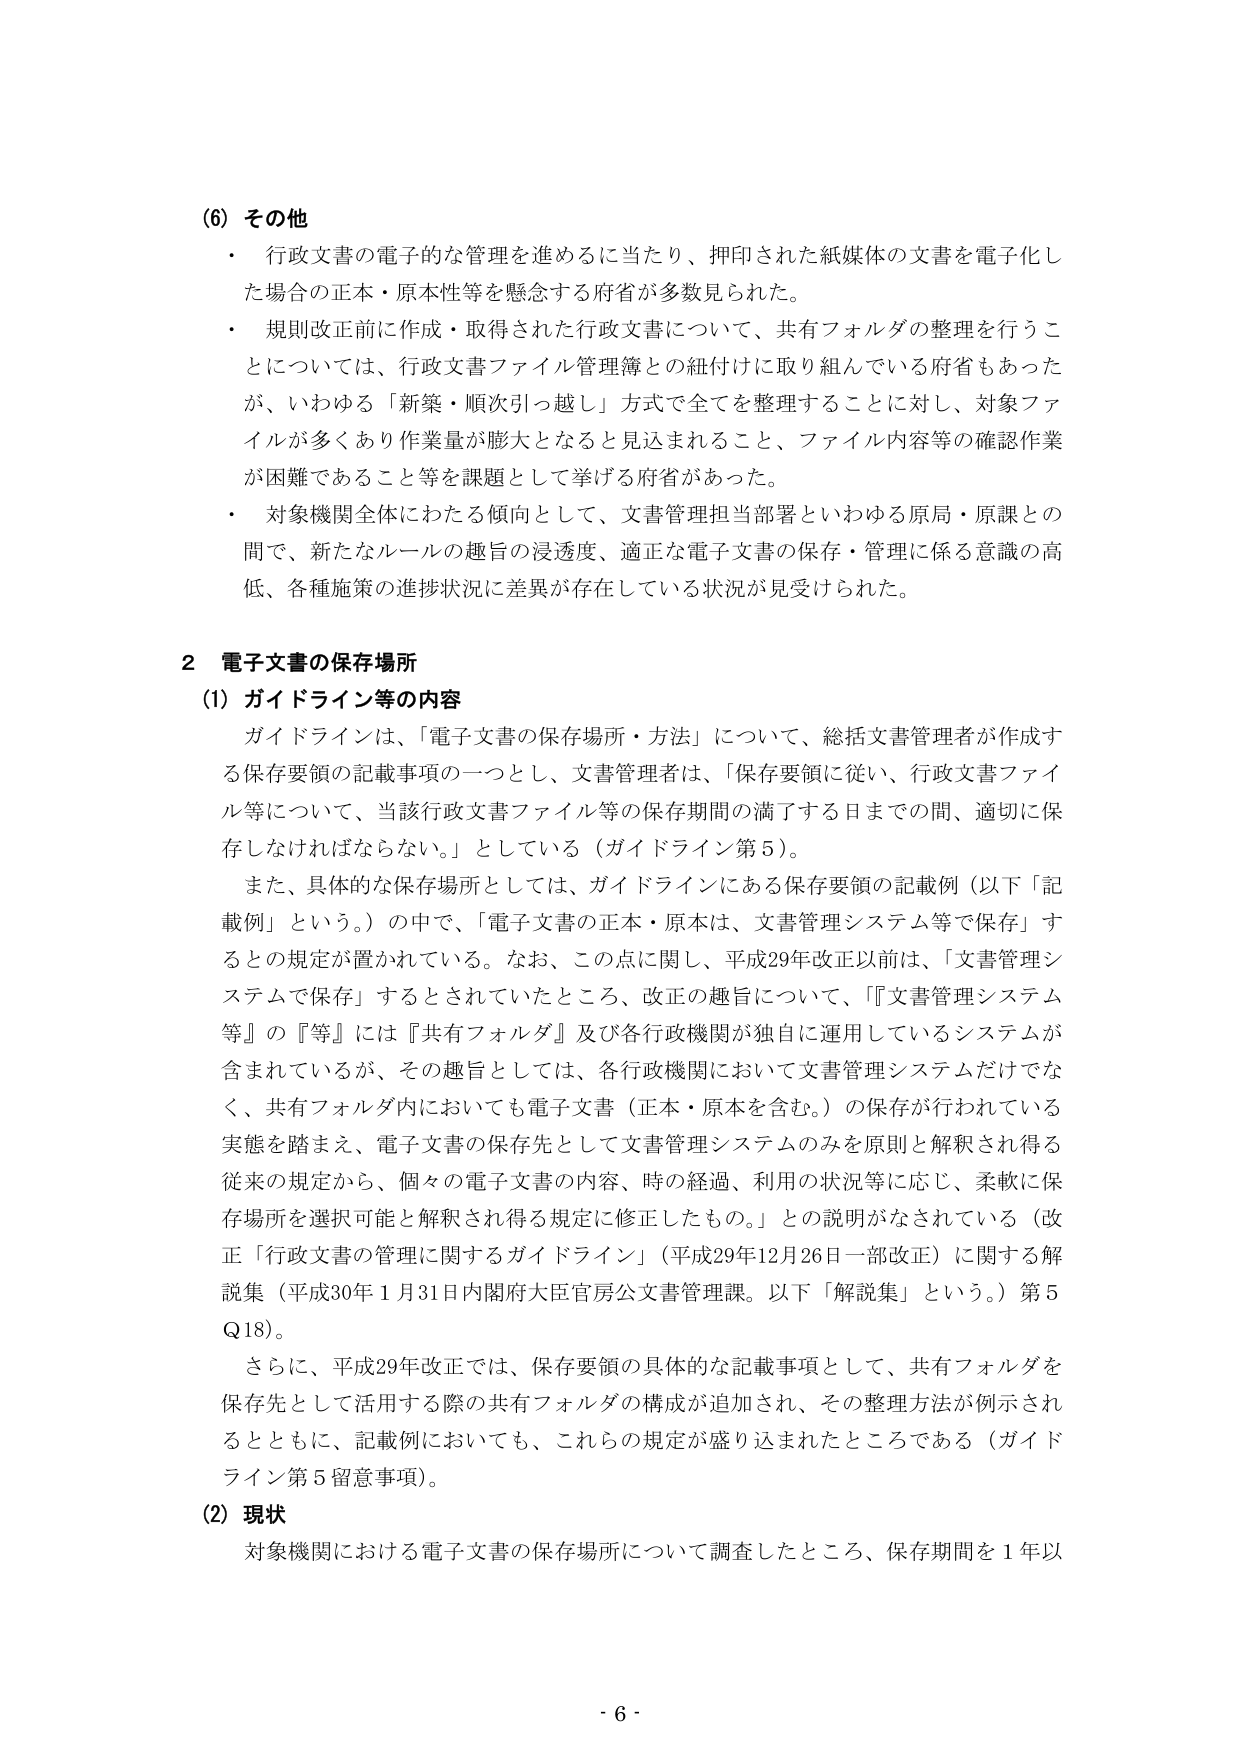
(6) その他
・ 行政文書の電子的な管理を進めるに当たり、押印された紙媒体の文書を電子化した場合の正本・原本性等を懸念する府省が多数見られた。
・ 規則改正前に作成・取得された行政文書について、共有フォルダの整理を行うことについては、行政文書ファイル管理簿との紐付けに取り組んでいる府省もあったが、いわゆる「新築・順次引っ越しだ」方式で全てを整理することに対し、対象ファイルが多くあり作業量が膨大となると見込まれること、ファイル内容等の確認作業が困難であること等を課題として挙げる府省があった。
・ 対象機関全体にわたる傾向として、文書管理担当部署といわゆる原局・原課との間で、新たなルールの趣旨の浸透度、適正な電子文書の保存・管理に係る意識の高低、各種施策の進捗状況に差異が存在している状況が見受けられた。

2 電子文書の保存場所
(1) ガイドライン等の内容
ガイドラインは、「電子文書の保存場所・方法」について、総括文書管理者が作成する保存要領の記載事項の一つとし、文書管理者は、「保存要領に従い、行政文書ファイル等について、当該行政文書ファイル等の保存期間の満了する日までの間、適切に保存しなければならない。」としている（ガイドライン第5）。
また、具体的な保存場所としては、ガイドラインにある保存要領の記載例（以下「記載例」という。）の中で、「電子文書の正本・原本は、文書管理システム等で保存」するとの規定が置かれている。なお、この点に関し、平成29年改正以前は、「文書管理システムで保存」するとされていたところ、改正の趣旨について、「『文書管理システム等』の『等』には『共有フォルダ』及び各行政機関が独自に運用しているシステムが含まれているが、その趣旨としては、各行政機関において文書管理システムだけでなく、共有フォルダ内においても電子文書（正本・原本を含む。）の保存が行われている実態を踏まえ、電子文書の保存先として文書管理システムのみを原則と解釈され得る従来の規定から、個々の電子文書の内容、時の経過、利用の状況等に応じ、柔軟に保存場所を選択可能と解釈され得る規定に修正したもの。」との説明がなされている（改正「行政文書の管理に関するガイドライン」（平成29年12月26日一部改正）に関する解説集（平成30年1月31日内閣府大臣官房公文書管理課。以下「解説集」という。）第5 Q18）。
さらに、平成29年改正では、保存要領の具体的な記載事項として、共有フォルダを保存先として活用する際の共有フォルダの構成が追加され、その整理方法が例示されるとともに、記載例においても、これらの規定が盛り込まれたところである（ガイドライン第5留意事項）。
(2) 現状
対象機関における電子文書の保存場所について調査したところ、保存期間を1年以

- 6 -